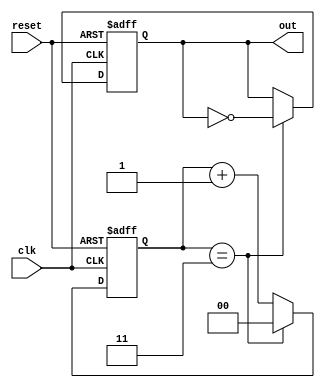
module divide_by_n_counter #(
    parameter N = 4 // Default value for N (Change as needed)
)(
    input wire clk,       // Input clock
    input wire reset,     // Asynchronous reset
    output reg out        // Output signal toggling every N clock cycles
);

    // Calculate the required bit width for the counter
    localparam COUNTER_WIDTH = $clog2(N);

    reg [COUNTER_WIDTH-1:0] count; // Counter register

    always @(posedge clk or posedge reset) begin
        if (reset) begin
            count <= 0; // Asynchronously reset the counter
            out <= 0;   // Reset the output signal
        end else begin
            if (count == N-1) begin
                count <= 0; // Reset count when it reaches N
                out <= ~out; // Toggle the output signal
            end else begin
                count <= count + 1; // Increment counter
            end
        end
    end

endmodule